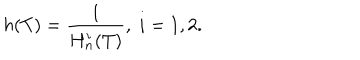
LaTeX: h ( T ) = \frac { 1 } { H _ { n } ^ { i } ( T ) } , \; i = 1 , 2 .